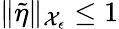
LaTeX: \| \tilde{\eta}\| _{\mathcal{X}_{\epsilon}}\le 1